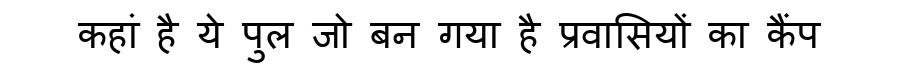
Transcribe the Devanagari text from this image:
कहां है ये पुल जो बन गया है प्रवासियों का कैंप